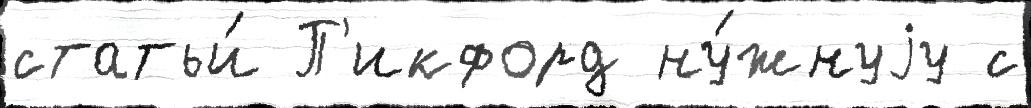
статьи́ П'икфорд ну́жнуjу с